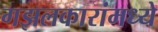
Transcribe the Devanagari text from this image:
गझलकारांमध्ये